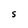
Character: S